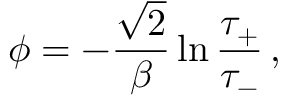
\phi = - \frac { \sqrt { 2 } } { \beta } \ln \frac { \tau _ { + } } { \tau _ { - } } \, ,